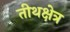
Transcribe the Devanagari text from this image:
तीथक्षेत्र